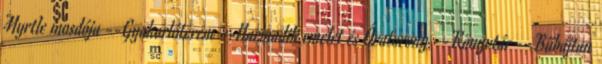
Myrtle mosdója --Gyakorlóterem --Harmadik emelet és Óratorony --Könyvtár --Bűbájtan